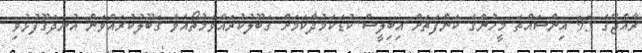
ރާއްޖޭގެ 95 އިންސައްތަ މީހުންގެ ކަންފަތަށް އިބިލީސް ކުޑަކަމުދާކަމަށް ޤަބޫލުކުރައްވަމުތޯއެވެ ޤަބޫލުކުރައްވަން އުނދަގޫފުޅުވި